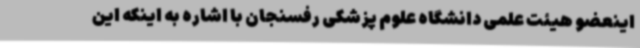
اینعضو هیئت علمی دانشگاه علوم پزشکی رفسنجان با اشاره به اینکه این